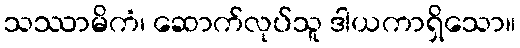
သဿာမိကံ၊ ဆောက်လုပ်သူ ဒါယကာရှိသော။